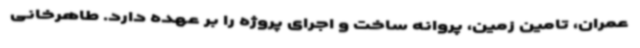
عمران، تامین زمین، پروانه ساخت و اجرای پروژه را بر عهده دارد. طاهرخانی